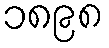
၁၈၉၈